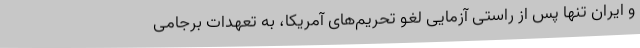
و ایران تنها پس از راستی آزمایی لغو تحریم‌های آمریکا، به تعهدات برجامی